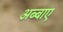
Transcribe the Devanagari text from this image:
अब्बाए